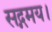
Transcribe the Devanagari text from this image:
सद्गमय।